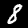
Label: 8